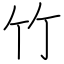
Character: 竹